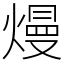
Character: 熳